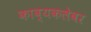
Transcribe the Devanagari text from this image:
काव्यकलेवर